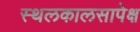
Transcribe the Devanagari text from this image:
स्थलकालसापेक्ष